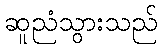
ဆူညံသွားသည်